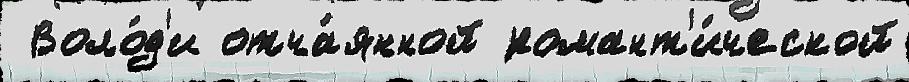
 Воло́д'и отча́янной романт'и́ческой